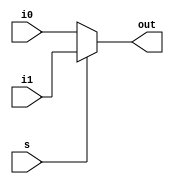
module mult2_to_1_32bit(i0, i1, s, out);
input [31:0] i0, i1;
input s;
output [31:0] out;
assign out = s ? i1:i0;
endmodule